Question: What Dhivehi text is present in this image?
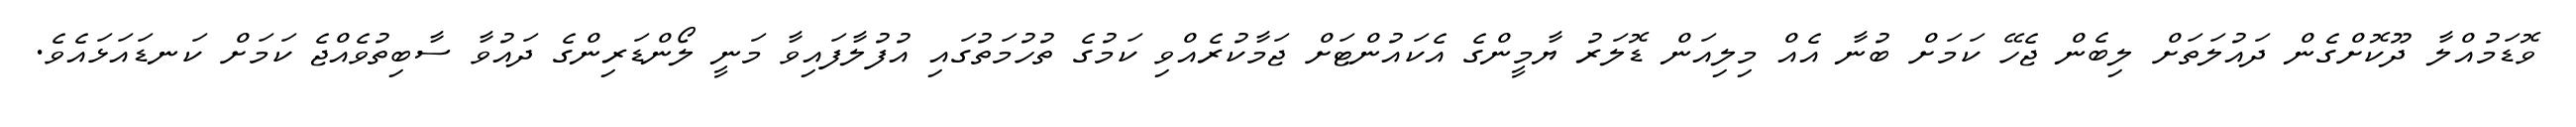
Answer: ވޮޑަމުއްލާ ދޫކޮށްގެން ދައުލަތަށް ލިބެން ޖެހޭ ކަމަށް ބުނާ އެއް މިލިއަން ޑޮލަރު ޔާމީންގެ އެކައުންޓަށް ޖަމާކުރެއްވި ކަމުގެ ތުހުމަތުގައި އުފުލާފައިވާ މަނީ ލޯންޑަރިންގެ ދައުވާ ސާބިތުވެއްޖެ ކަމަށް ކަނޑައަޅައެވެ.